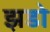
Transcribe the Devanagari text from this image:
झडो